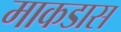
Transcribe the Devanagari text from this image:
माकडास